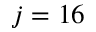
j = 1 6